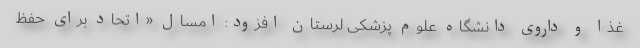
غذا و داروی دانشگاه علوم پزشکی لرستان افزود: امسال «اتحاد برای حفظ